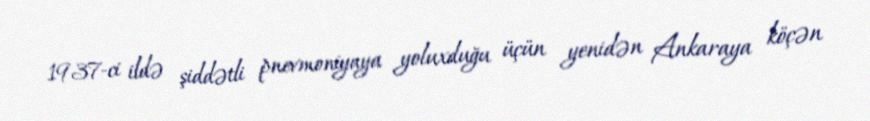
1937-ci ildə şiddətli pnevmoniyaya yoluxduğu üçün yenidən Ankaraya köçən